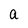
Character: a